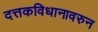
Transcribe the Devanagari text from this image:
दत्तकविधानावरुन